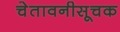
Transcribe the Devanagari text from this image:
चेतावनीसूचक